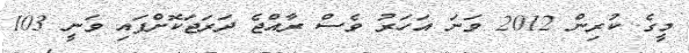
މީގެ ކުރިން 2012 ވަނަ އަހަރު ވެސް ރާއްޖެ ދަރަޖަކޮށްފައި ވަނީ 103